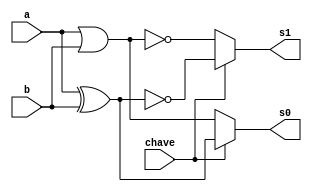
// --------------------- 
// Exercicio0034
// Nome: Marcio Enio G Dutra Junior 
// --------------------- 
 
// ------------------------- 
//  f4_gate 
// ------------------------- 
module f4 (output s0, output s1, input a, input b, input chave); 
	wire s2; 
	wire s3; 
	wire s4;
	wire s5;
	wire notchave;
	
	not(notchave, chave);
	xor xor1(s2, a, b);
	xnor xnor1(s3, a, b);
	or or1(s4, a, b);
	nor nor1(s5, a, b);

	assign s0 = chave? s2 : s4;
	assign s1 = chave? s3 : s5;

endmodule // f4 
 
module test_f4; 
// ------------------------- definir dados 
       reg x; 
       reg y; 
       wire z; 
		 wire w;
		 reg chave;
 
       f4 modulo (z, w, x, y, chave); 
 
// ------------------------- parte principal 
 
   initial begin 
         $display("Exemplo0034 - Marcio Enio G Dutra Junior - 441698"); 
         $display("Test LU's module"); 
			
			  chave = 1;
           x = 1'b0;       y = 1'b0; 
 
   // projetar testes do modulo 
   #1   $monitor("%3b %3b = %3b e %3b \tChave = %3b",x,y,z,w,chave); 
	#1	  chave = 0; 
	#1   x = 1'b0;  y = 1'b1; 
	#1	  chave = 1; 
	#1   x = 1'b1;  y = 1'b0;
	#1	  chave = 0; 
	#1   x = 1'b1;  y = 1'b1;
	#1	  chave = 1; 
 
   end 
 
endmodule // test_f4